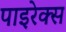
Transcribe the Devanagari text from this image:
पाइरेक्स